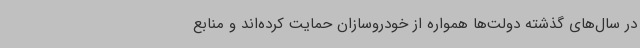
در سال‌های گذشته دولت‌ها همواره از خودروسازان حمایت کرده‌اند و منابع